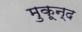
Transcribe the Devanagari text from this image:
मुकून्द